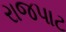
રાજપાટ